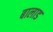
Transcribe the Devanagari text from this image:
बालाड